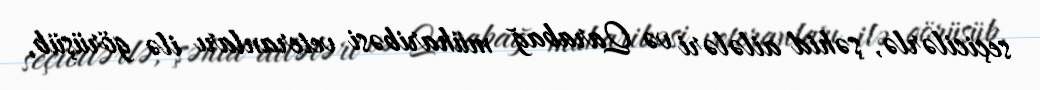
seçicilərlə, şəhid ailələri və Qarabağ müharibəsi veteranları ilə görüşüb,